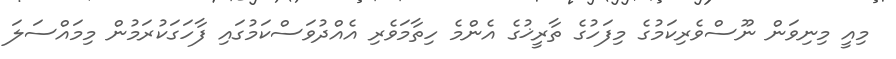
މިއީ މިނިވަން ނޫސްވެރިކަމުގެ މިފަހުގެ ތާރީޚުގެ އެންމެ ހިތާމަވެރި އެއްދުވަސްކަމުގައި ފާހަގަކުރަމުން މިމައްސަލަ